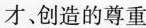
①是因为非公有制经济已成为我国社会主义经济的